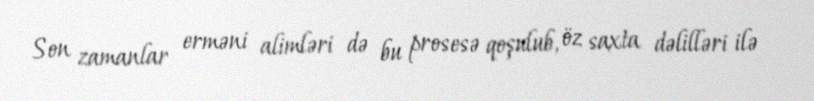
Son zamanlar erməni alimləri də bu prosesə qoşulub, öz saxta dəlilləri ilə